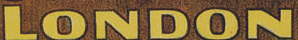
LONDON